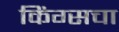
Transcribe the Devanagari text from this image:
किंग्सचा